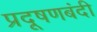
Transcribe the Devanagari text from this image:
प्रदूषणबंदी